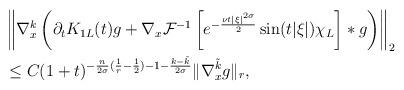
LaTeX: \begin{align*} & \left\| \nabla^{k}_{x} \left( \partial_{t} K_{1L}(t)g+\nabla_{x}\mathcal{F}^{-1} \left[e^{-\frac{\nu t |\xi|^{2 \sigma}}{2}} \sin (t |\xi|) \chi_{L} \right] \ast g\right)\right\|_{2} \\& \le C(1+t)^{-\frac{n}{2 \sigma}(\frac{1}{r}-\frac{1}{2})-1-\frac{k-\tilde{k}}{2 \sigma}}\| \nabla_{x}^{\tilde{k}}g \|_{r}, \end{align*}